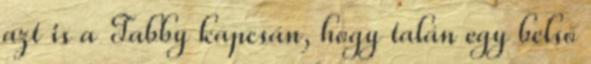
azt is a Tabby kapcsán, hogy talán egy belső